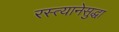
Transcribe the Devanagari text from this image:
रस्त्यानेसुद्धा